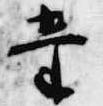
堂